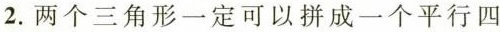
2.两个三角形一定可以拼成一个平行四